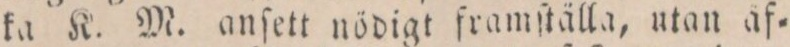
ka K. M. anſett nödigt framſtälla, utan äf=